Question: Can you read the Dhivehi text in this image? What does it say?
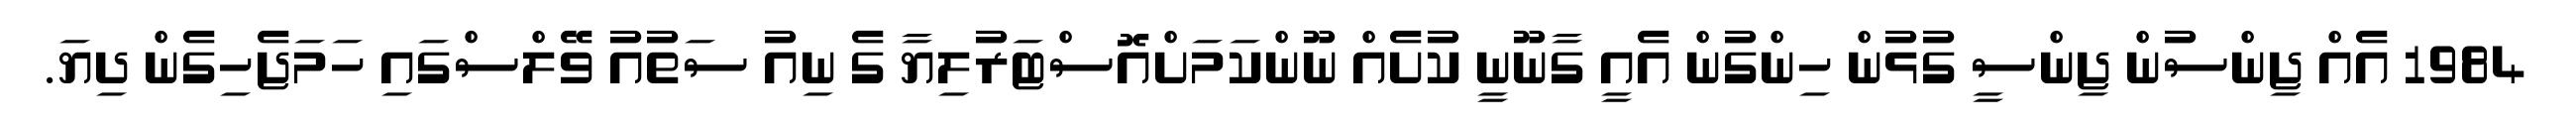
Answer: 1984 އެއް ޖިންސުން ޖިންސީ ގުޅުން ހިންގުން އެއީ ގާނޫނީ ކުށެއް ނޫންކަމަށްއޮސްޓަރުލިޔާ ގެ ނިއު ސަތުއު ވޭލްސްގައި ހަމަޖެހިގެން ދިޔަ.